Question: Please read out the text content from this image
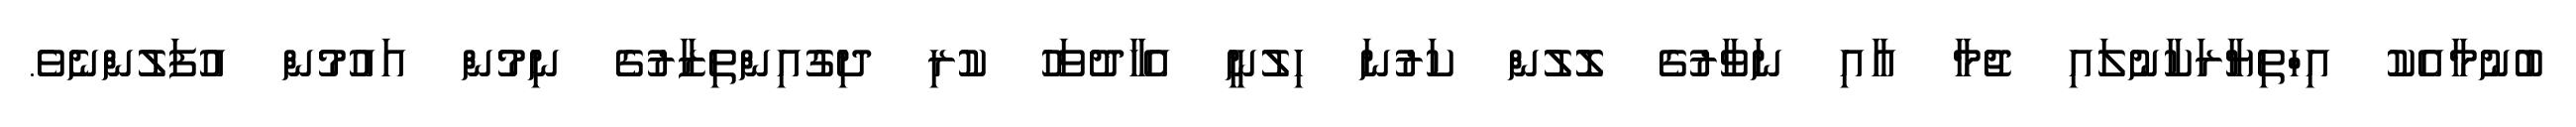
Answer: ބުނުމާއެކު އިހްތިޔާރަކާނުލައި ޖުމާ އާއި ނަވާރުގެ ލޮލުން ކަރުނަ ހިލުނީ އެހާދުވަހު ކުރި ދިގުއިންތިޒާރުގެ ނިމުން އައުމުން އުފަލުންނެވެ.